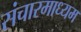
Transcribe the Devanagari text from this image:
संचारमाध्यम